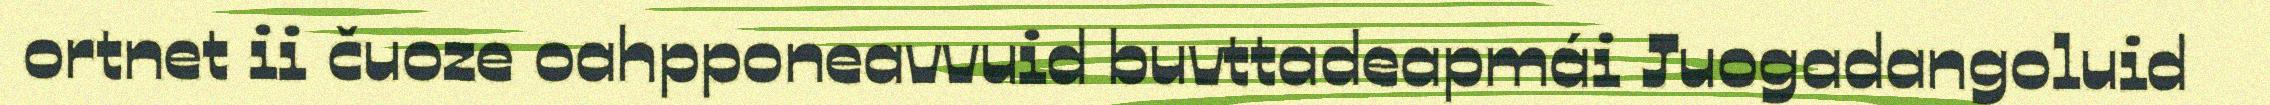
ortnet ii čuoze oahpponeavvuid buvttadeapmái Juogadangoluid